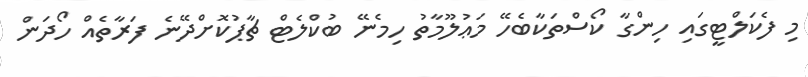
މި ފެކަލްޓީގައި ހިންގާ ކޯސްތަކާބެހޭ މަޢުލޫމާތު ހިމެނޭ ބުކްލެޓް ޗާޕުކޮށްދޭނެ ފަރާތެއް ހޯދަން